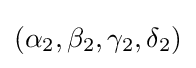
(\alpha _{2},\beta _{2},\gamma _{2},\delta _{2})